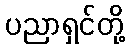
ပညာရှင်တို့